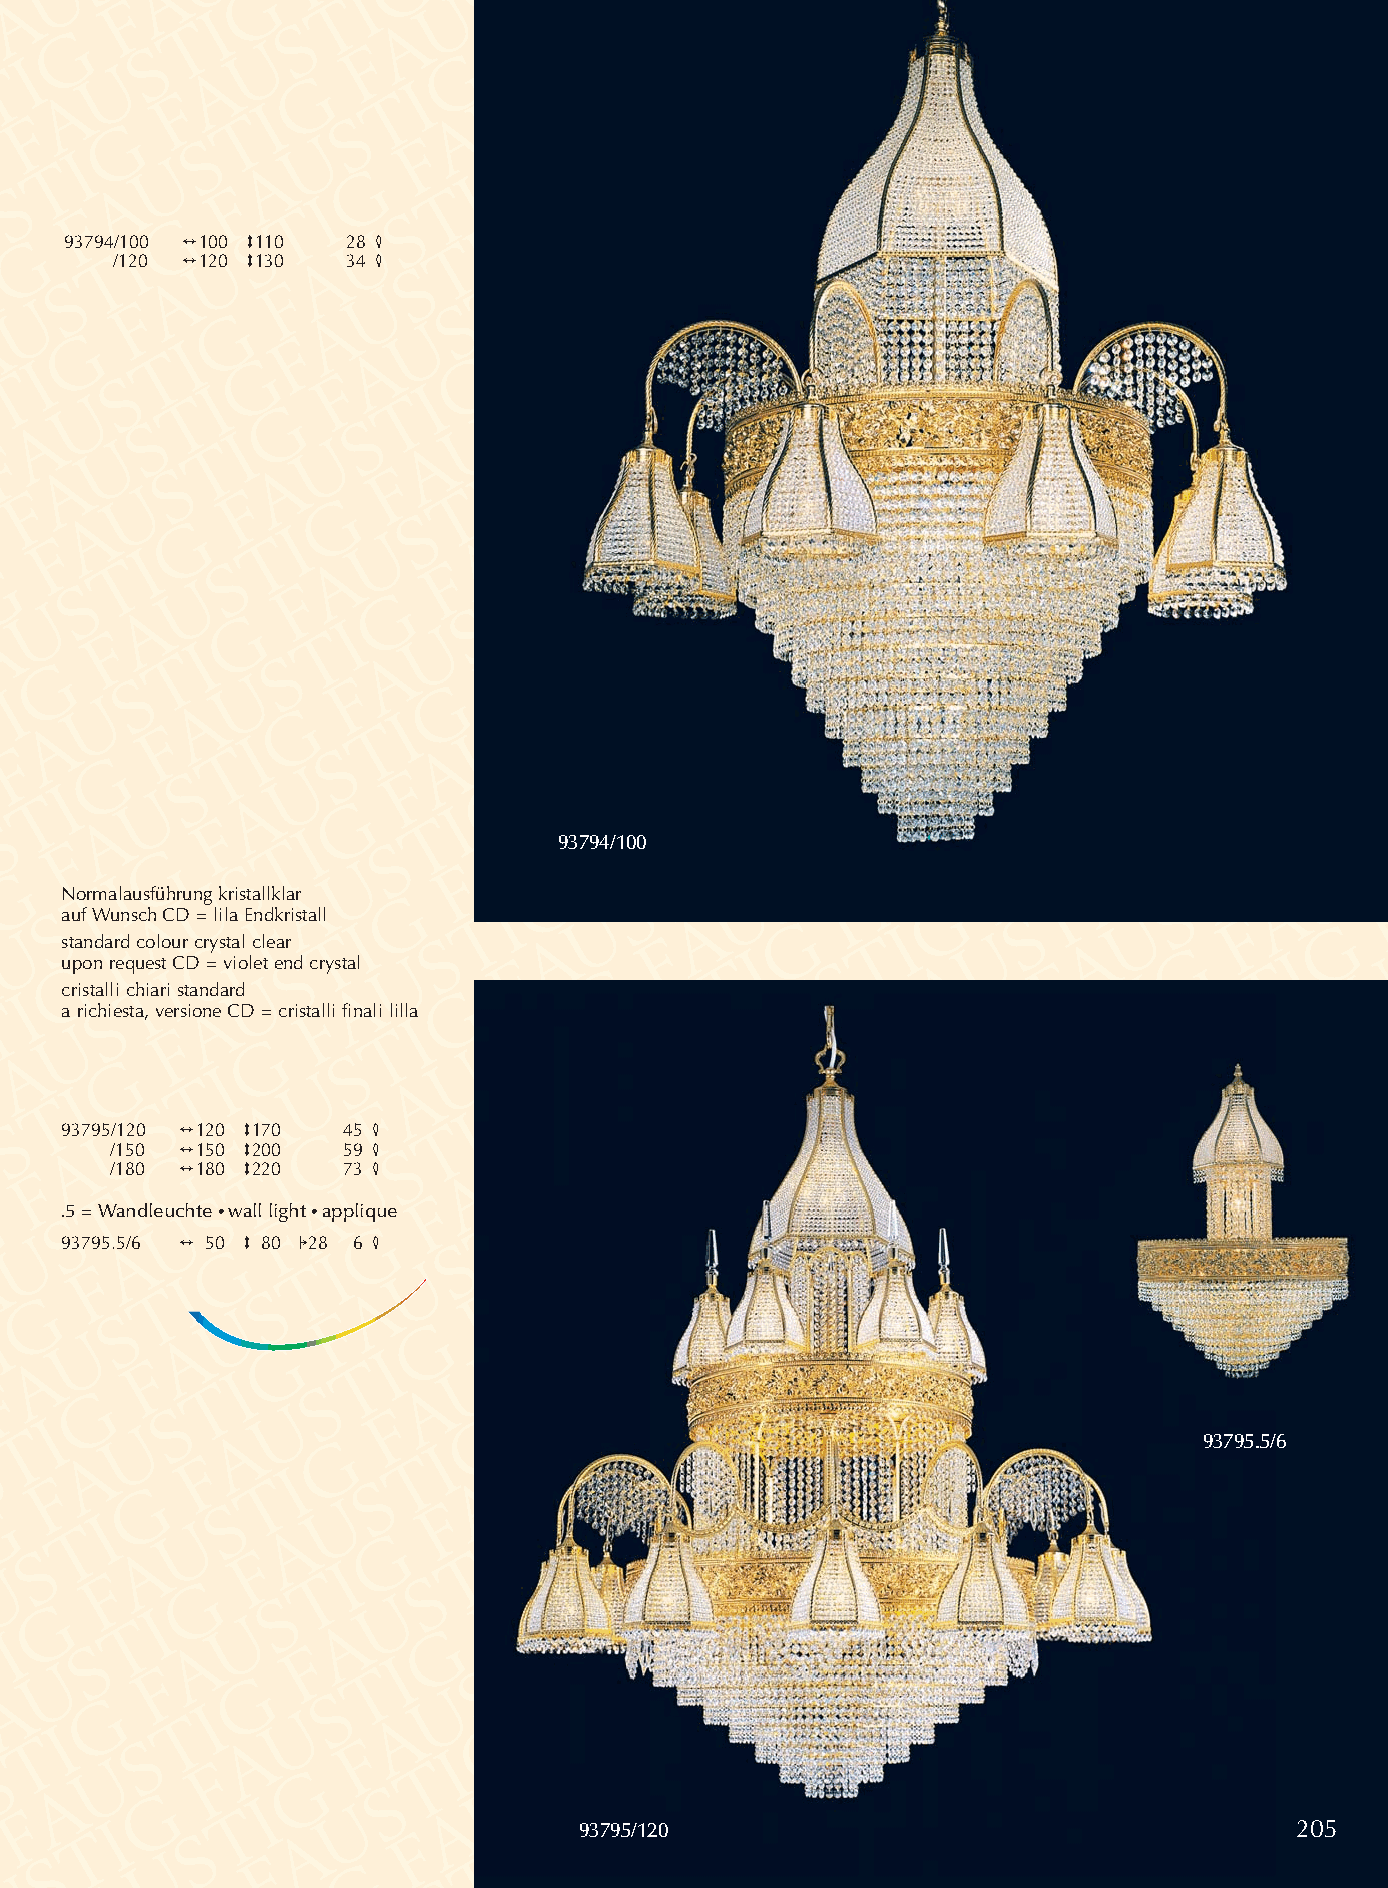
93794/100 2100 3110 28 4
 /120 2120 3130 34 4
 93794/100
 Normalausführung kristallklar
 auf Wunsch CD = lila Endkristall
 standard colour crystal clear
 upon request CD = violet end crystal
 cristalli chiari standard
 a richiesta, versione CD = cristalli finali lilla
 93795/120 2120 3170 45 4
 /150 2150 3200  59 4
 /180 2180 3220  73 4
 .5 = Wandleuchte •wall light •applique
 93795.5/6 2 50 3 80 128 6 4
 93795.5/6
 93795/120                                       205